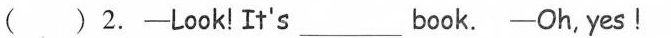
( )2.-Look!It's ___ book. -Oh,yes!